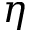
\eta